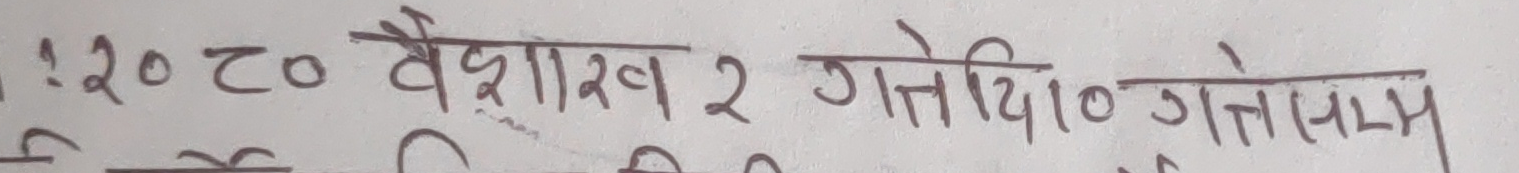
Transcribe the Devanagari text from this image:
१:२० ट० वैशाख २ गते १० गतेसम्म